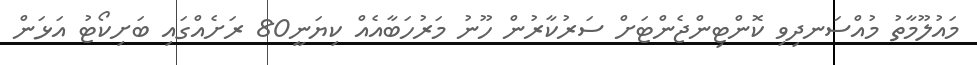
މައުލޫމާތު މުއްސަނދިވި ކޮންޓިންޖެންޓަަށް ސަރުކާރުން ހޫނު މަރުހަބާއެއް ކިޔަނީ80 ރަށެއްގައި ބަށިކޯޓު އަޅަން